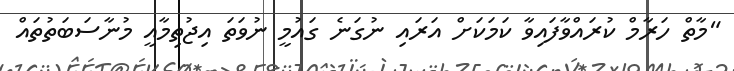
"މާތް ހަރާމް ކުރައްވާފައިވާ ކަމަކަށް އަރައި ނުގަނެ ގައުމީ ނުވަތަ އިޖުތިމާއީ މުނާސަބަތުތައް